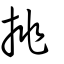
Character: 挑